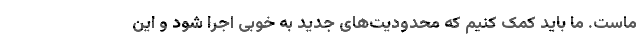
ماست. ما باید کمک کنیم که محدودیت‌های جدید به خوبی اجرا شود و این